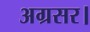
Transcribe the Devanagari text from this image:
अग्रसर।